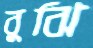
বুঝি